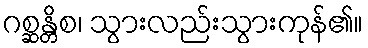
ဂစ္ဆန္တိစ၊ သွားလည်းသွားကုန်၏။